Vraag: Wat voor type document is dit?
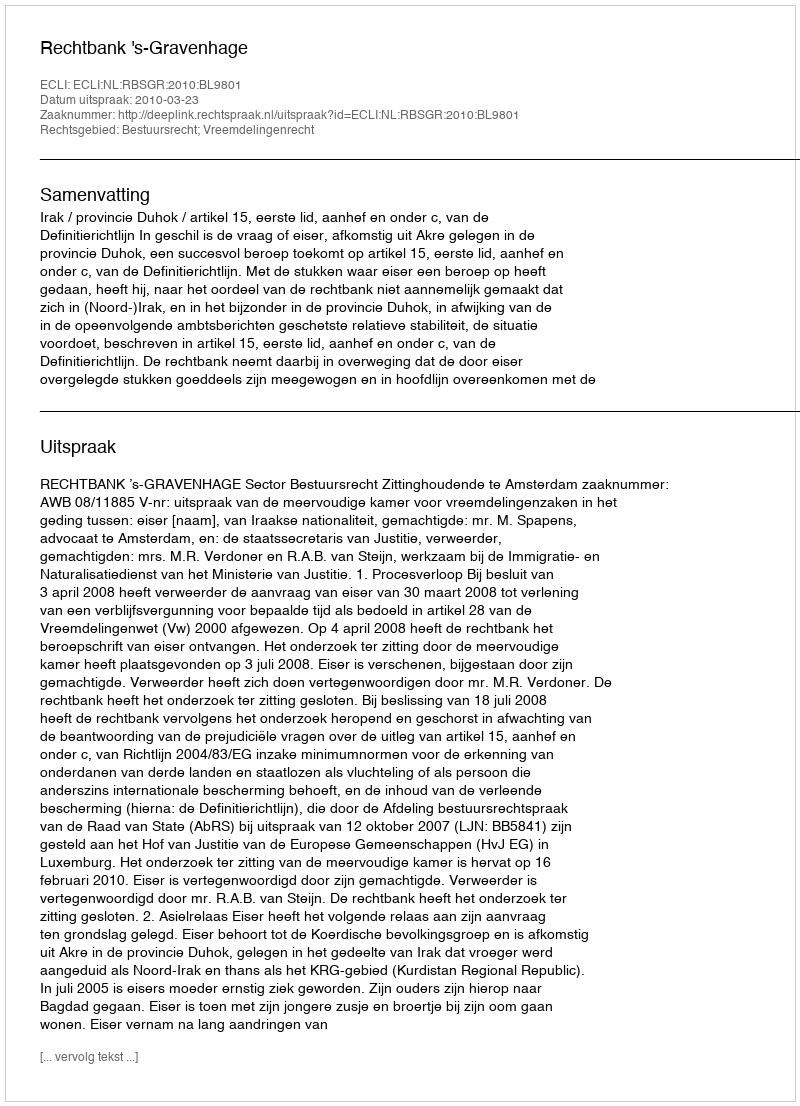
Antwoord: Uitspraak